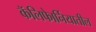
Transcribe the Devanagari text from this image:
कॅलिफाेर्नियातील